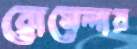
রোমেলার